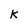
Character: K